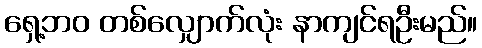
ရှေ့ဘဝ တစ်လျှောက်လုံး နာကျင်ရဦးမည်။